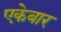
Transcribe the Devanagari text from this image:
एकेबार